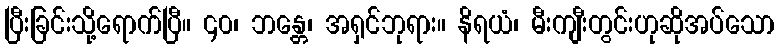
ပြီးခြင်းသို့ရောက်ပြီ။ ၄၀၊ ဘန္တေ၊ အရှင်ဘုရား။ နိရယံ၊ မီးကျီးတွင်းဟုဆိုအပ်သော